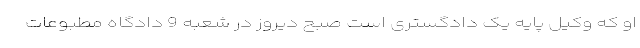
او که وکیل پایه یک دادگستری است صبح دیروز در شعبه 9 دادگاه مطبوعات